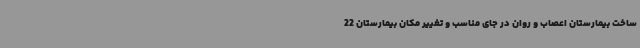
ساخت بیمارستان اعصاب و روان در جای مناسب و تغییر مکان بیمارستان 22